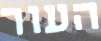
העור